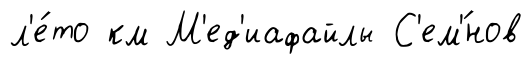
л'е́то км М'ед'иафайлы С'ем'́нов